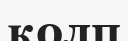
қолп